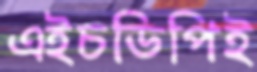
এইচডিপিই